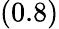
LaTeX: (0.8)